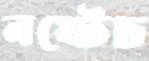
নষ্টেচ